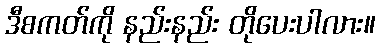
ဒီစကတ်ကို နည်းနည်း တိုပေးပါလား။